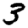
Digit: 3